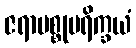
ဇရာမစ္စုပရိက္ခယံ